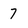
Character: 7